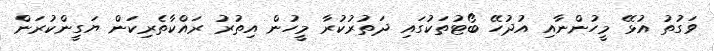
ވަގުތު އުޅޭ މީހުންނާއި އުދުހޭ ބޯޓުތަކުގައި ދަތުރުކުރާ މީހުން އިތުރު ރައްކާތެރިކަން ޔަގީންކުރަން